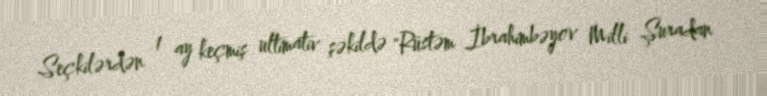
Seçkilərdən 1 ay keçmiş ultimativ şəkildə "Rüstəm İbrahimbəyov Milli Şuradan